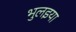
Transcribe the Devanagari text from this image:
भुलइया